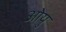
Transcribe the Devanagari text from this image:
ओयु